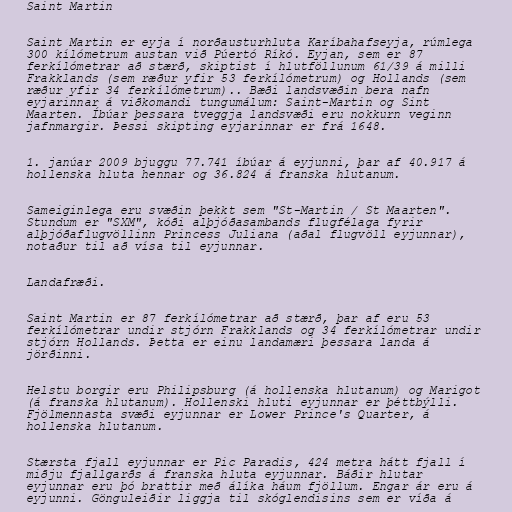
Saint Martin

Saint Martin er eyja í norðausturhluta Karíbahafseyja, rúmlega
300 kílómetrum austan við Púertó Ríkó. Eyjan, sem er 87
ferkílómetrar að stærð, skiptist í hlutföllunum 61/39 á milli
Frakklands (sem ræður yfir 53 ferkílómetrum) og Hollands (sem
ræður yfir 34 ferkílómetrum).. Bæði landsvæðin bera nafn
eyjarinnar á viðkomandi tungumálum: Saint-Martin og Sint
Maarten. Íbúar þessara tveggja landsvæði eru nokkurn veginn
jafnmargir. Þessi skipting eyjarinnar er frá 1648.

1. janúar 2009 bjuggu 77.741 íbúar á eyjunni, þar af 40.917 á
hollenska hluta hennar og 36.824 á franska hlutanum.

Sameiginlega eru svæðin þekkt sem "St-Martin / St Maarten".
Stundum er "SXM", kóði alþjóðasambands flugfélaga fyrir
alþjóðaflugvöllinn Princess Juliana (aðal flugvöll eyjunnar),
notaður til að vísa til eyjunnar.

Landafræði.

Saint Martin er 87 ferkílómetrar að stærð, þar af eru 53
ferkílómetrar undir stjórn Frakklands og 34 ferkílómetrar undir
stjórn Hollands. Þetta er einu landamæri þessara landa á
jörðinni.

Helstu borgir eru Philipsburg (á hollenska hlutanum) og Marigot
(á franska hlutanum). Hollenski hluti eyjunnar er þéttbýlli.
Fjölmennasta svæði eyjunnar er Lower Prince's Quarter, á
hollenska hlutanum.

Stærsta fjall eyjunnar er Pic Paradis, 424 metra hátt fjall í
miðju fjallgarðs á franska hluta eyjunnar. Báðir hlutar
eyjunnar eru þó brattir með álíka háum fjöllum. Engar ár eru á
eyjunni. Gönguleiðir liggja til skóglendisins sem er víða á